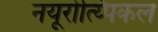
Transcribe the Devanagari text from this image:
नयूरोत्य्पिकल